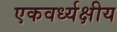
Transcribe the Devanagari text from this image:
एकवर्ध्यक्षीय